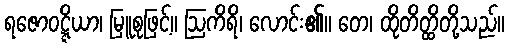
ရဇောဝဋ္ဋိယာ၊ မြူစုဖြင့်။ ဩကိရိ၊ လောင်း၏။ တေ၊ ထိုတိတ္ထိတို့သည်။